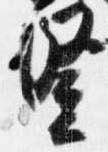
豎